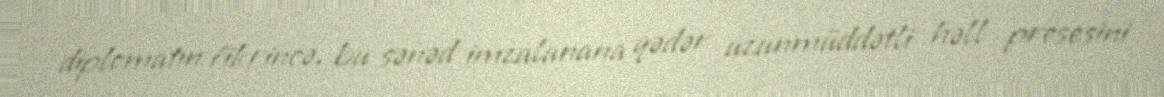
diplomatın fikrincə, bu sənəd imzalanana qədər uzunmüddətli həll prosesini